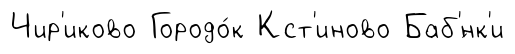
Чир'иково Городо́к Кст'иново Баб'́нк'и